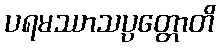
ပရမဿာသပ္ပတ္တောတိ